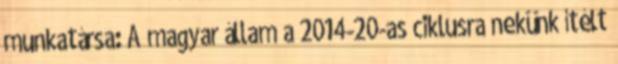
munkatársa: A magyar állam a 2014-20-as ciklusra nekünk ítélt